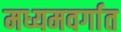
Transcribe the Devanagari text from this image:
मध्यमवर्गात